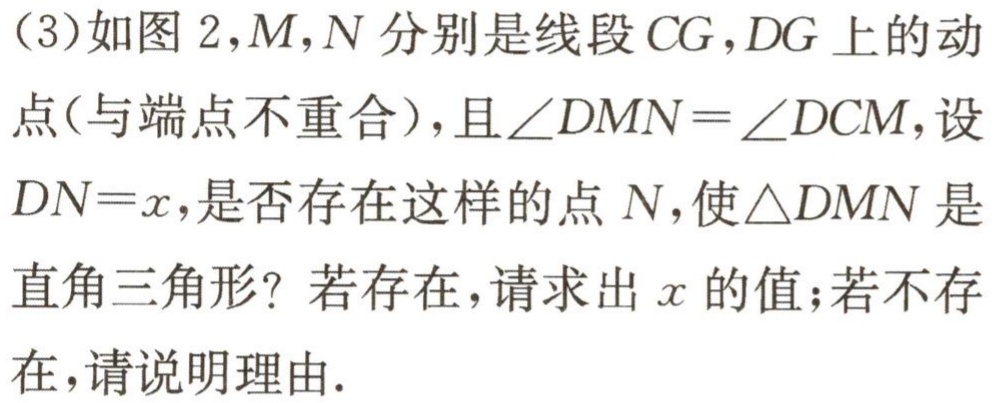
（3）如图 2，\(M,N\)分别是线段\(CG,DG\)上的动点（与端点不重合），且\(\angle DMN=\angle DCM\)，设\(DN = x\)，是否存在这样的点\(N\)，使\(\triangle DMN\)是直角三角形？若存在，请求出\(x\)的值；若不存在，请说明理由.